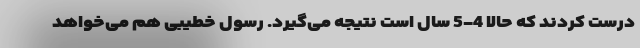
درست کردند که حالا 4-5 سال است نتیجه می‌گیرد. رسول خطیبی هم می‌خواهد